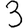
Digit: 3